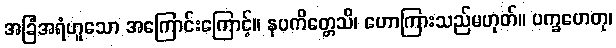
အခြံအရံဟူသော အကြောင်းကြောင့်။ နပကိတ္တေသိ၊ ဟောကြားသည်မဟုတ်။ ပက္ခဟေတု၊